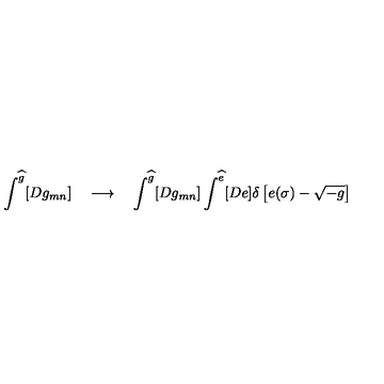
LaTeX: \int ^ { \widehat g } [ D g _ { m n } ] \quad \longrightarrow \quad \int ^ { \widehat g } [ D g _ { m n } ] \int ^ { \widehat e } [ D e ] \delta \left[ e ( \sigma ) - \sqrt { - g } \right]